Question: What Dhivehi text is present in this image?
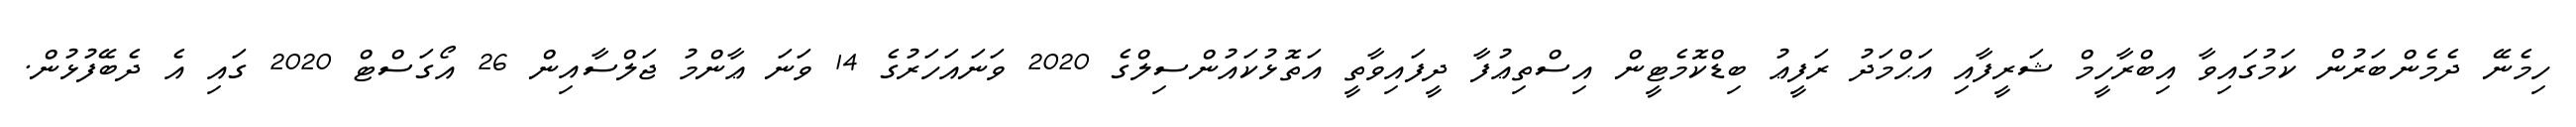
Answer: ހިމެނޭ ދެމެންބަރުން ކަމުގައިވާ އިބްރާހީމް ޝަރީފާއި އަޙްމަދު ރަފީޢު ބިޑްކޮމެޓީން އިސްތިޢުފާ ދީފައިވާތީ އަތޮޅުކައުންސިލްގެ 2020 ވަނައަހަރުގެ 14 ވަނަ ޢާންމު ޖަލްސާއިން 26 އޯގަސްޓް 2020 ގައި އެ ދެބޭފުޅުން.